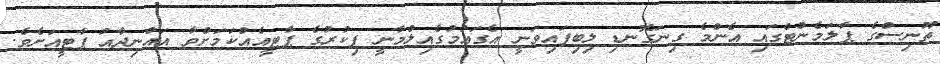
ތޫނިސްގެ ޕާލަމެންޓްގައި އެންމެ ގިނަގޮނޑި ލިބިފައިވަނީ އެގައުމުގެއިލްމާނީ ފިކުރުގެ ޕާޓީއެއްކަމަށްވާ އައްނިދާއު ޕާޓީއަށެވެ.